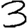
Digit: 3